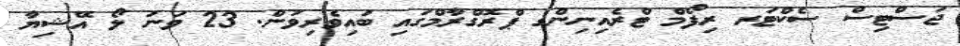
ޖަސްޓިސް ސެކްޓަރ ރިފޯމް ޓްރެއިނިންގ ޕްރޮގްރާމްގައި ބައިވެރިވުން. 23 ވަނަ ލޯ އޭޝިޔާ